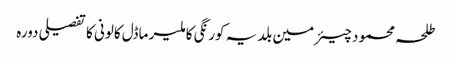
طلحہ محمود	 چیئرمین بلدیہ کورنگی کا ملیر ماڈل کالونی کا تفصیلی دورہ